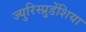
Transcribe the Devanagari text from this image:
ज्युरिस्प्रुडेंशिया